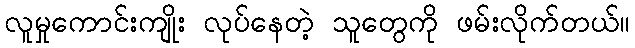
လူမှုကောင်းကျိုး လုပ်နေတဲ့ သူတွေကို ဖမ်းလိုက်တယ်။